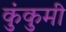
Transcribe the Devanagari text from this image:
कुंकुमी